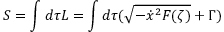
S = \int d \tau { \cal L } = \int d \tau ( \sqrt { - \dot { x } ^ { 2 } { \cal F } ( \zeta ) } + \Gamma )